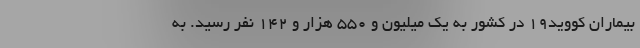
بیماران کووید۱۹ در کشور به یک میلیون و ۵۵۰ هزار و ۱۴۲ نفر رسید. به